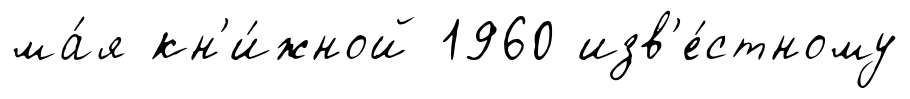
ма́я кн'и́жной 1960 изв'е́стному